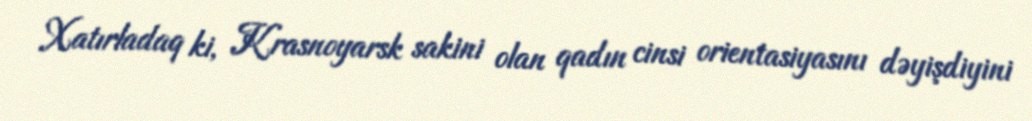
Xatırladaq ki, Krasnoyarsk sakini olan qadın cinsi orientasiyasını dəyişdiyini